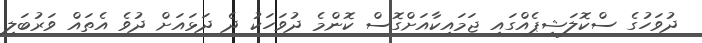
ދުވަހުގެ ސްކޮލަޝިޕެއްގައި ޖަމައިކާއަށްގޮސް ކޮންމެ ދުވަހަކު ދެ ދަޅައަށް ދުވެ އެތައް ވަރުބަލި